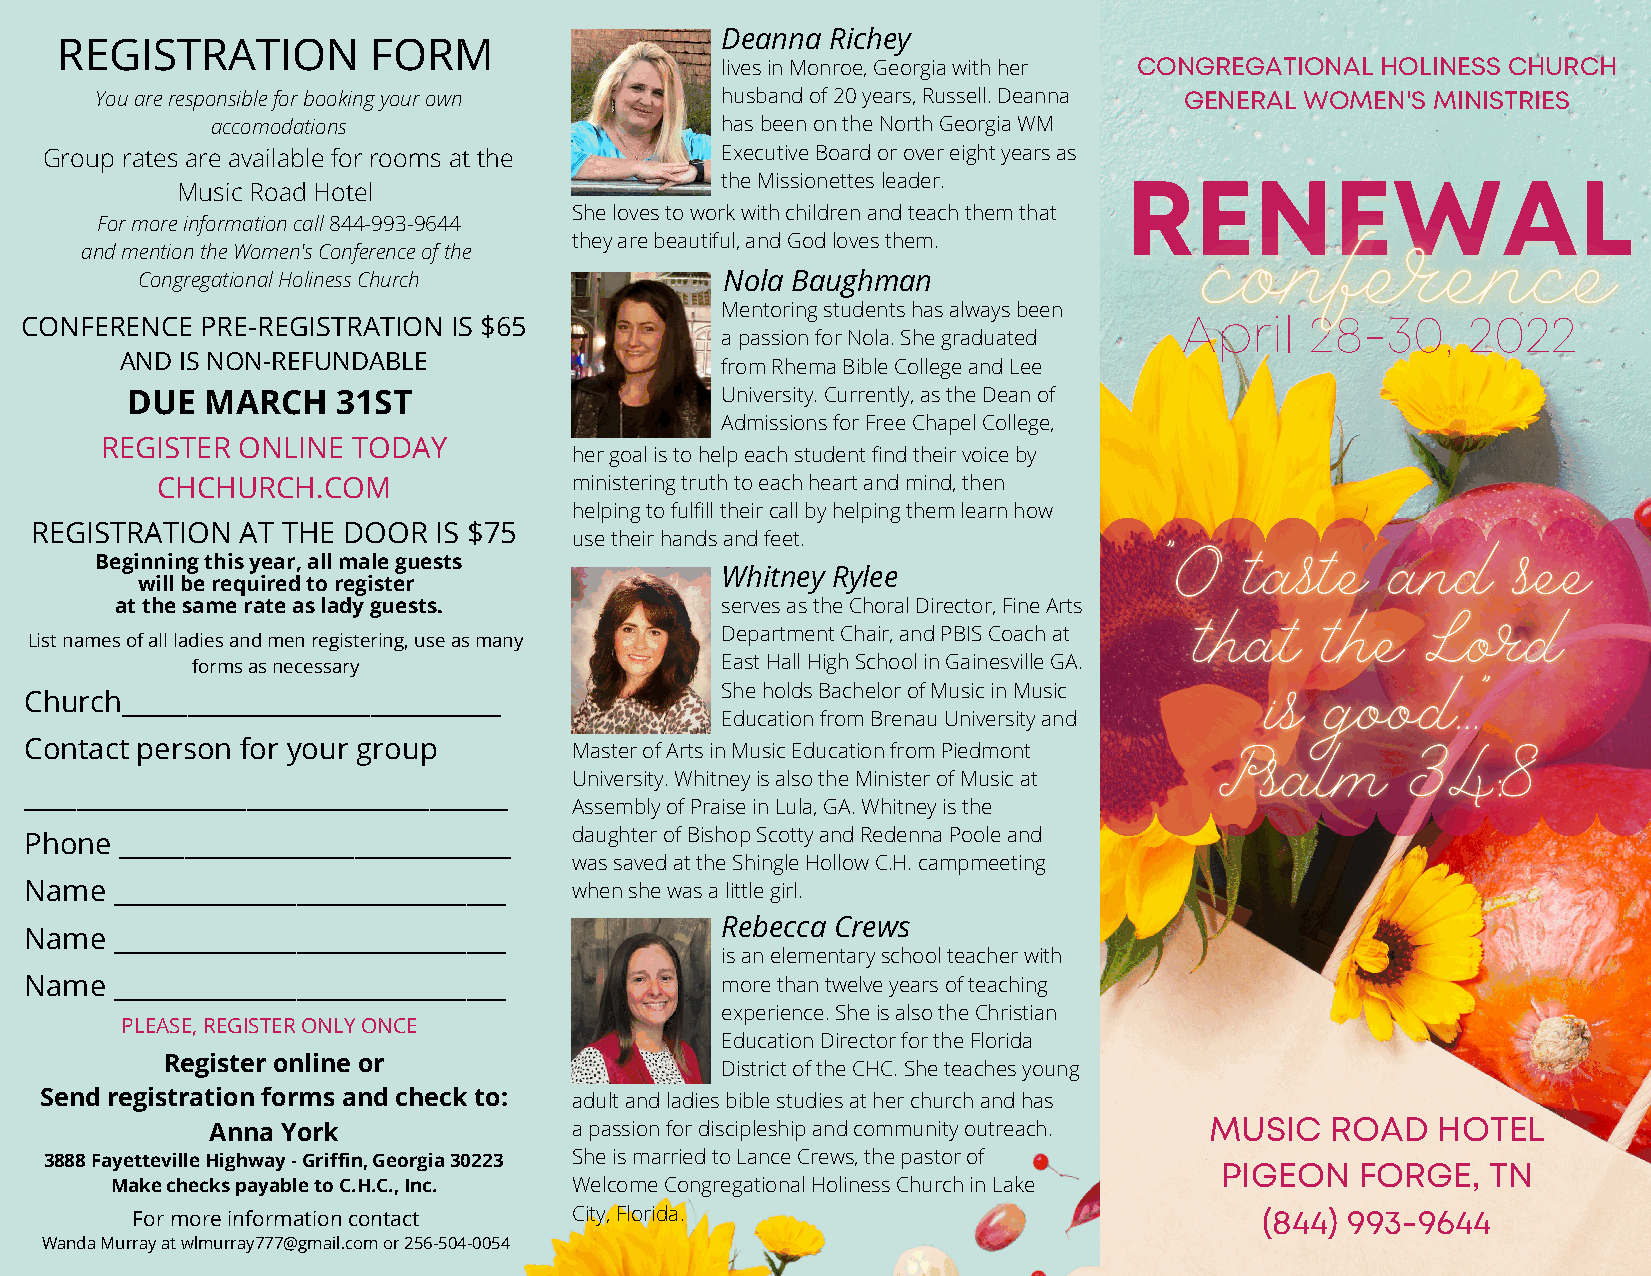
Deanna Richey
 REGISTRATION         FORM
 lives in Monroe, Georgia with her CONGREGATIONAL HOLINESS CHURCH
 You are responsible for booking your own  husband of 20 years, Russell. Deanna GENERAL WOMEN'S MINISTRIES
 accomodations                     has been on the North Georgia WM
 Group rates are available for rooms at the   Executive Board or over eight years as
 the Missionettes leader.  RREENNEEWWAALL
 Music Road Hotel
 She loves to work with children and teach them that
 For more information call 844-993-9644
 they are beautiful, and God loves them.
 and mention the Women's Conference of the
 Congregational Holiness Church         Nola Baughman
 Mentoring students has always been
 April    28-30,    2022
 CONFERENCE  PRE-REGISTRATION IS $65
 a passion for Nola. She graduated
 AND IS NON-REFUNDABLE                   from Rhema Bible College and Lee
 DUE   MARCH   31ST                      University. Currently, as the Dean of
 Admissions for Free Chapel College,
 REGISTER ONLINE TODAY
 her goal is to help each student find their voice by
 CHCHURCH.COM                ministering truth to each heart and mind, then
 helping to fulfill their call by helping them learn how
 REGISTRATION  AT THE DOOR  IS $75
 use their hands and feet.
 Beginning this year, all male guests
 Whitney Rylee
 will be required to register
 at the same rate as lady guests.        serves as the Choral Director, Fine Arts
 Department Chair, and PBIS Coach at
 List names of all ladies and men registering, use as many
 forms as necessary                 East Hall High School in Gainesville GA.
 She holds Bachelor of Music in Music
 Church_____________________________
 Education from Brenau University and
 Contact person for your group       Master of Arts in Music Education from Piedmont
 University. Whitney is also the Minister of Music at
 _____________________________________
 Assembly of Praise in Lula, GA. Whitney is the
 Phone ______________________________ daughter of Bishop Scotty and Redenna Poole and
 was saved at the Shingle Hollow C.H. campmeeting
 Name  ______________________________ when she was a little girl.
 Rebecca Crews
 Name  ______________________________
 is an elementary school teacher with
 Name  ______________________________          more than twelve years of teaching
 experience. She is also the Christian
 PLEASE, REGISTER ONLY ONCE
 Education Director for the Florida
 Register online or
 District of the CHC. She teaches young
 Send registration forms and check to: adult and ladies bible studies at her church and has
 MUSIC   ROAD   HOTEL
 Anna York               a passion for discipleship and community outreach.
 3888 Fayetteville Highway - Griffin, Georgia 30223 She is married to Lance Crews, the pastor of PIGEON FORGE, TN
 Make checks payable to C.H.C., Inc. Welcome Congregational Holiness Church in Lake
 For more information contact City, Florida.                                (844) 993-9644
 Wanda Murray at wlmurray777@gmail.com or 256-504-0054